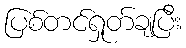
ပြစ်တင်ရှုတ်ချပြီး